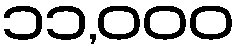
၁၁,၀၀၀